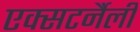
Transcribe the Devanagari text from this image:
एक्सटर्नैली